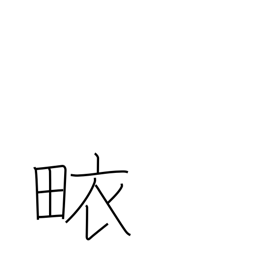
Meaning: surplice